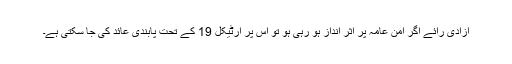
آزادی رائے اگر امن عامہ پر اثر انداز ہو رہی ہو تو اس پر آرٹیکل 19 کے تحت پابندی عائد کی جا سکتی ہے۔